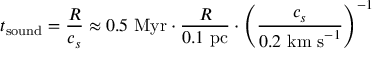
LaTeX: t _ { \mathrm { s o u n d } } = { \frac { R } { c _ { s } } } \approx 0 . 5 { \mathrm { ~ M y r } } \cdot { \frac { R } { 0 . 1 { \mathrm { ~ p c } } } } \cdot \left( { \frac { c _ { s } } { 0 . 2 { \mathrm { ~ k m ~ s } } ^ { - 1 } } } \right) ^ { - 1 }